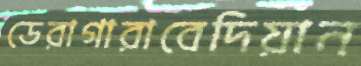
ডেরাগারাবেদিয়ান